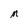
Character: M